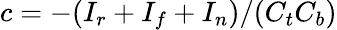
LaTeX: c=-(I_{r}+I_{f}+I_{n})/(C_{t}C_{b})